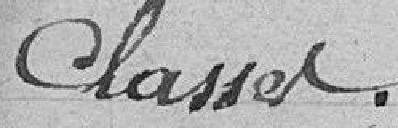
Classes